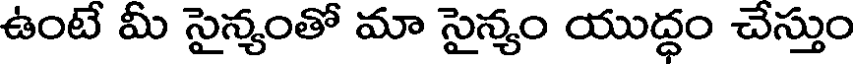
ఉంటే మీ సైన్యంతో మా సైన్యం యుద్ధం చేస్తుం